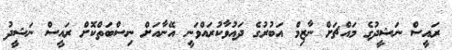
ރައީސް ނަޝީދުގެ މައްޗަށް ނާޒިމް އަބުރުގެ ދައުވާކުރައްވަނީ އޭނާއަށް ނިސްބަތްކޮށް ރައީސް ނަޝީދު